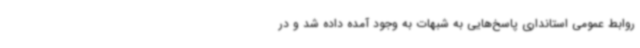
روابط عمومی استانداری پاسخ‌هایی به شبهات به وجود آمده داده شد و در